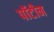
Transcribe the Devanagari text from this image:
पॉटीन